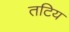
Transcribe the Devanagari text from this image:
तटिय